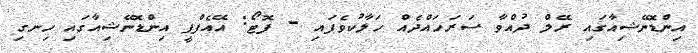
އިންޑޮނޭޝިއާގައި ރޭލް ދުއްވާ ސަރަހައްދެއް ހަލާކުވެފައި - ފޮޓޯ: އޭއެފްޕީ އިންޑޮނޭޝިއާގައި ހިނގި